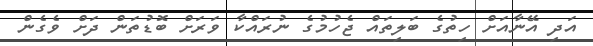
އަދި އޭނާއަށް ހިތުގެ ބަލިތައް ޖެހުމުގެ ނުރައްކާ ވަރަށް ބޮޑުތަން ދަށް ވެގެން